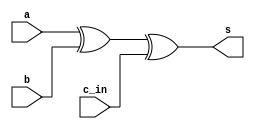
`timescale 1ns / 1ps
//////////////////////////////////////////////////////////////////////////////////
// Company: 
// Engineer: 
// 
// Design Name: 
// Module Name:    sum 
// Project Name: 
// Target Devices: 
// Tool versions: 
// Description: 
//
// Dependencies: 
//
// Revision: 
// Revision 0.01 - File Created
// Additional Comments: 
//
//////////////////////////////////////////////////////////////////////////////////
module sum(
    input a,
    input b,
    input c_in,
    output s
    );
xor g1(s,a,b,c_in);

endmodule